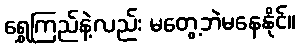
ရွှေကြည်နဲ့လည်း မတွေ့ဘဲမနေနိုင်။